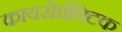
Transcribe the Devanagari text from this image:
कायरोप्रॅक्टिक